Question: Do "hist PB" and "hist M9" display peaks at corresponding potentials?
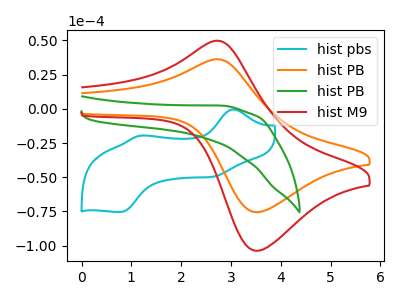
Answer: <think>The cyan curve "hist pbs" has anodic peaks at (3.05V, -0.45uA) (1.20V, -19.60uA) and cathodic peaks at (2.65V, -49.60uA) (0.80V, -75.40uA). The orange curve "hist PB" has an anodic peak at (2.70V, 36.20uA) and a cathodic peak at (3.50V, -75.55uA). The green curve "hist PB" has no peaks. The red curve "hist M9" has an anodic peak at (2.70V, 49.70uA) and a cathodic peak at (3.50V, -103.70uA).</think>
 <answer>Yes, "hist PB" have a peak in "hist M9" at the same potential.</answer>
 <eval>match</eval>